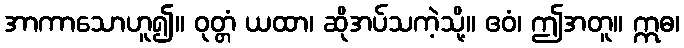
အာကာသောဟူ၍။ ဝုတ္တံ ယထာ၊ ဆိုအပ်သကဲ့သို့။ ဧဝံ၊ ဤအတူ။ ဣဓ၊